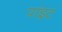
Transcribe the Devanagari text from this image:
पांइट